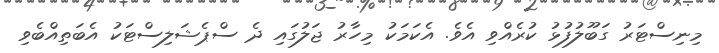
މިނިސްޓަރު ގަބޫލުފުޅު ކުރެއްވި އެވެ. އެކަމަކު މިހާރު ޖަލުގައި ދެ ސްޕެޝަލިސްޓަކު އެބަތިއްބެވި